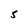
Character: 5